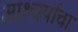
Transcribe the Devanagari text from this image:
आश्‍चर्याचा